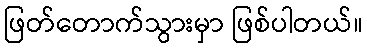
ဖြတ်တောက်သွားမှာ ဖြစ်ပါတယ်။